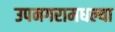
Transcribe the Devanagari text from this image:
उपनगरामधल्या